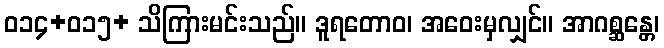
ဝ၁၄+ဝ၁၅+ သိကြားမင်းသည်။ ဒူရတောဝ၊ အဝေးမှလျှင်။ အာဂစ္ဆန္တေ၊